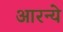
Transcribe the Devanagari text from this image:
आरन्ये